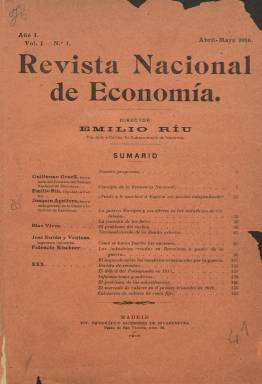
Título: Revista nacional de economía
Colección: Economía
Ámbito geográfico: Madrid
Lugar de publicación: Madrid
Fechas: 01/04/1916-31/12/1935

Fundada y dirigida en su primera etapa por el periodista, economista, político y empresario de origen catalán Emilio Ríu Periquet (1871-1928), que comienza a publicar en entregas bimensuales, con la correspondiente de abril y mayo de 1916. Previamente Ríu, junto a su hermano Daniel (1880-1961) había adquirido el semanario Revista de economía y hacienda, que había aparecido también en Madrid en 1898, y comenzará a elaborar, así mismo, el Anuario financiero y de sociedades anónimas, desde ese mismo año 1916, títulos estos que también forman parte de la colección hemerográfica de la Biblioteca Nacional de España (BNE). Emilio Ríu se había instalado en Madrid en torno a 1896 y, como miembro de la Izquierda Liberal, que lideraba Santiago Alba (1872-1949), será también subsecretario de Hacienda y, desde 1901, diputado, y senador, desde 1919. La primera guerra mundial había estimulado un nacionalismo económico, desde una posición crítica a los oligopolios transnacionales, cuya tesis será desglosada principalmente en esta revista de gran empaque, representando a la vez “una atalaya distanciada y serena de análisis técnico de los medios económicos, además de ofrecer con frecuencia estudios puramente teóricos” (Papeles de economía española: 2005).

En ella se darán cita, junto a los hermanos Ríu Periquet, otros “herederos intelectuales de pensadores regeneracionistas”, como Ricardo Macías Picavea (1847-1899), Ángel Ganivet (1865-1898), Joaquín Costa (1846-1911) o Antonio Maura (1853-1925), que “trataban de comprender no sólo las fuentes de la decadencia de España, sino los medios por los que podía superarse”, y entre ellos estaba el catedrático Eloy Luis André (1878-1935), uno de los “voceros más expresivos”” de la “nacionalización de la sociedad española” desde una visión “paternalista” (Meaker: 1988); así como el también catedrático Vicente Gay y Forner (1876-1949).

El cuadro de colaboradores de la revista es amplísimo, entre catedráticos de Economía o Hacienda o de Ciencias Políticas de las universidades españolas, políticos, publicistas o dirigentes patronales, como Guillermo Graell (1847-1927), secretario del Fomento Nacional del Trabajo (Barcelona); Antonio Flores de Lemus, Pedro Corominas, Ramón de Olascoaga, Joaquín Aguilera, Luis del Valle, Fidencio Kischner Catalán, Julio Carabias, Francisco Bernis, Rogelio de Madariaga, Blas Vives, Víctor María Paret, Cristóbal Massó, José Acedo, Daniel Martner, Julio de Lazúrtegui, José Roig y Bergadá, Antonio Trías, J. Sans y Buigas, José Francos Rodríguez, Miguel Vida y Guardiola, Leandro Cubillo, Alejandro González Olivares, Javier Aguirre de Viar, Pedro M. González Quijano, Andrés P. Cardenal o Luis Badí. También colaborarán José Serrat Bonastre, Arturo Forcat Ribera, José Durán y Ventosa, Guillermo Herrero o Luis Barreiro, entre otros.

El propósito del fundador de la revista fue crear una publicación que tratara los asuntos de la economía desde presupuestos objetivos y científicos, “con absoluta independencia de cualquier interés” que no fuera el “nacional”, avivando el “patriotismo de capitalistas, políticos y hombres de negocios, con la finalidad de que contribuyeran a crear una fuerte y robusta ‘economía nacional’ y a emancipar a los españoles de la tutela de otras economías” (Miret: 2007). En su programa, se indica que tratará cuantas cuestiones han “agitado en los últimos tiempos la opinión pública europea”: protección y librecambio, monometalismo y bimetalismo, proporcionalidad o progresividad tributaria, rentas de la tierra, de la industria y del trabajo, libertad o reglamentación del crédito, municipalización de servicios, centralismo y autonomía local, o política de transportes, entre tantas otras que no habían dejado en España “huella espiritual visible”.

Publicará, además de artículos de fondo o doctrinales, estudios, trabajos, análisis y crónicas sobre economía, industria, hacienda pública, deuda exterior, ahorro, nacionalizaciones, presupuestos estatales, fiscalidad, materias primas, subsistencias o comercio internacional, las series de datos sobre los mercados de valores (de acciones de fondos públicos, de bancos, ferrocarriles, empresas de aguas, gas y electricidad, navieras, de minerales y metalúrgicas o de valores de renta fija y variable), así como los índices económicos del Banco de España, de comercio exterior, de precios, cotizaciones bursátiles, informaciones regionales, cuadros estadísticos o documentos oficiales. También publicará estudios de historia económica y tendrá secciones de Revista de revistas y de Bibliografía, entre otras.

La colección de esta revista en la BNE no está completa, faltándole los años 1924 y 1930. En 1925, había pasado a ser propiedad de Abelardo Lacarrera y Juan Caralt Roca, que actuarán también como sus codirectores. Su cuadro de colaboradores aparece entonces más ampliado, y entre estos se encuentran también, entre otros, J. Albiñana Mompó, Francisco Villanueva, José María Martínez de Ercilla, Andrés Barthe, Antonio Lasheras Sanz, John Brown, Pedro Rico, G. Fernández Díez, Francisco Rivas, Ricardo Allué, Jaime Algarra, Ernesto Schultze, José M. Tallada, Hugo Obermaier, Ángel Ossorio y Gallardo, Eduardo Gómez de Baquero, Antonio Goicoechea o Antonio Sacristán.

De nuevo, en marzo de 1926, aparecerán indicados los integrantes de su comité de dirección: el catedrático Germán Bernacer; el abogado y secretario de la Cámara de Comercio de Madrid, José María González; el también abogado y exdiputado Ricardo López Barroso, y el doctor en Derecho Cristóbal Massó. También colaborarán en esta época Ramiro de Maeztu, A. Fabra Ribas, A.G. Cedrón, Eugenio Coello Calón, Francisco Aced y Bartrina, M. Lorenzo Pardo, Rafael del Caño, J. Rodríguez Vilariño, Julián Amich, José María Semprún y Gurrea, Fernando de Montesinos o Alberto Doncel, entre otros.

Las entregas de la revista aparecieron, generalmente, cada dos meses, incluyendo dos números cada una, y en alguna ocasión, hasta tres. Con cubiertas y paginación variable, entre las 160 y más de tres centenares de páginas, compuestas siempre a una columna e impresas en papel cuché. No insertan grabados, pero si numerosos cuadros estadísticos, y también anuncios publicitarios. Su última entrega en la colección de la BNE es la número 121, correspondiente a julio-diciembre de 1935, por lo que esta apareció con “un retraso extraordinario” y con la que, en su vigésimo año de existencia, iniciaba una “segunda época”, y anunciaba algunos contenidos de su siguiente número, pero se desconoce si continuó apareciendo.